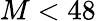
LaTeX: M<48